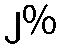
၂%